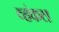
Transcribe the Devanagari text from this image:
व्हंकल